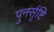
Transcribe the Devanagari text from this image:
पुनर्सृष्टि